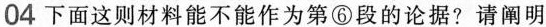
04 下面这则材料能不能作为第①段的论据？请阐明